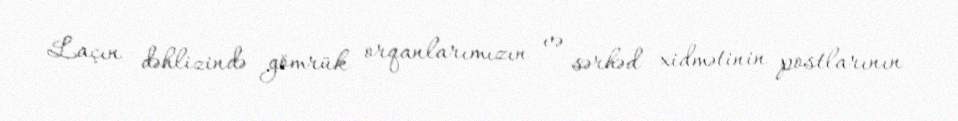
Laçın dəhlizində gömrük orqanlarımızın və sərhəd xidmətinin postlarının